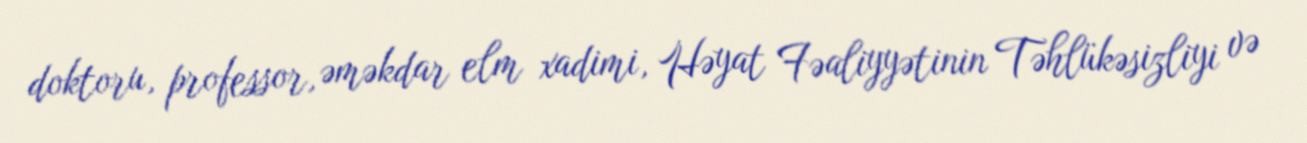
doktoru, professor, əməkdar elm xadimi, Həyat Fəaliyyətinin Təhlükəsizliyi və